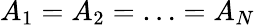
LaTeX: A_{1}=A_{2}=\ldots=A_{N}